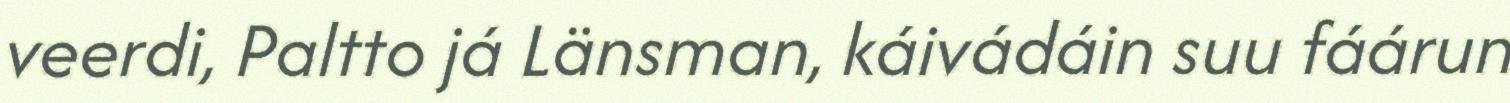
veerdi, Paltto já Länsman, káivádáin suu fáárun